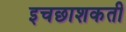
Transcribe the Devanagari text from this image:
इचछाशकती